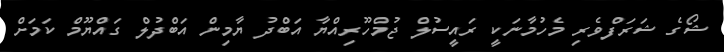
ޝޯގެ ޝަރަފްވެރި މެހުމާނަކީ ރައީސުލް ޖުމްހޫރިއްޔާ އަބްދު ޔާމިން އަބްދުލް ގައްޔޫމް ކަމަށް